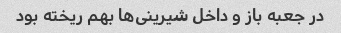
در جعبه باز و داخل شیرینی‌ها بهم ریخته بود